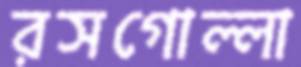
রসগোল্লা